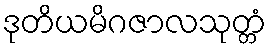
ဒုတိယမိဂဇာလသုတ္တံ